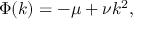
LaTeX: \Phi ( k ) = - \mu + \nu k ^ { 2 } ,